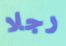
رجلا